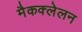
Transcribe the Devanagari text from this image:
मैकक्लेलन